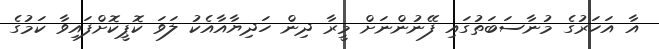
އާ އަހަރުގެ މުނާސަބަތުގައި ފޭނުންނަށް މީރާ ދިން ހަދިޔާއާއެކު ލަވަ ކޮޕީކޮށްފައިވާ ކަމުގެ